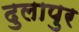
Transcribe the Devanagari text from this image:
दुलापुर